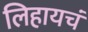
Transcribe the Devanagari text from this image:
लिहायचं